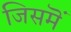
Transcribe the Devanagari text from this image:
जिसमॆं